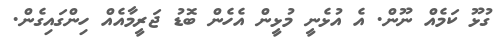
ގުޅޫ ކަމެއް ނޫން. އެ އުޅެނީ މުޅީން އެހެން ބޮޑު ޖަރީމާއެއް ހިންްގައިގެން.